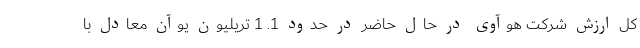
کل ارزش شرکت هوآوی در حال حاضر در حدود 1. 1 تریلیون یوآن معادل با